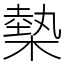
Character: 槷